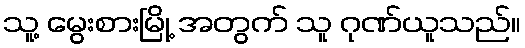
သူ့ မွေးစားမြို့ အတွက် သူ ဂုဏ်ယူသည်။